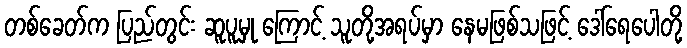
တစ်ခေတ်က ပြည်တွင်း ဆူပူမှု ကြောင့် သူတို့အရပ်မှာ နေမဖြစ်သဖြင့် ဒေါ်ရေပေါတို့